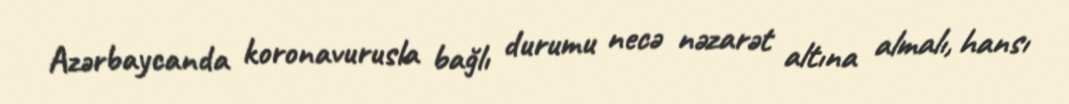
Azərbaycanda koronavurusla bağlı durumu necə nəzarət altına almalı, hansı